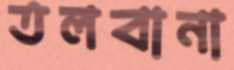
তলবানা